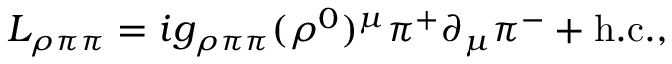
{ \cal L } _ { \rho \pi \pi } = i g _ { \rho \pi \pi } ( \rho ^ { 0 } ) ^ { \mu } \pi ^ { + } \partial _ { \mu } \pi ^ { - } + \mathrm { h . c . } ,